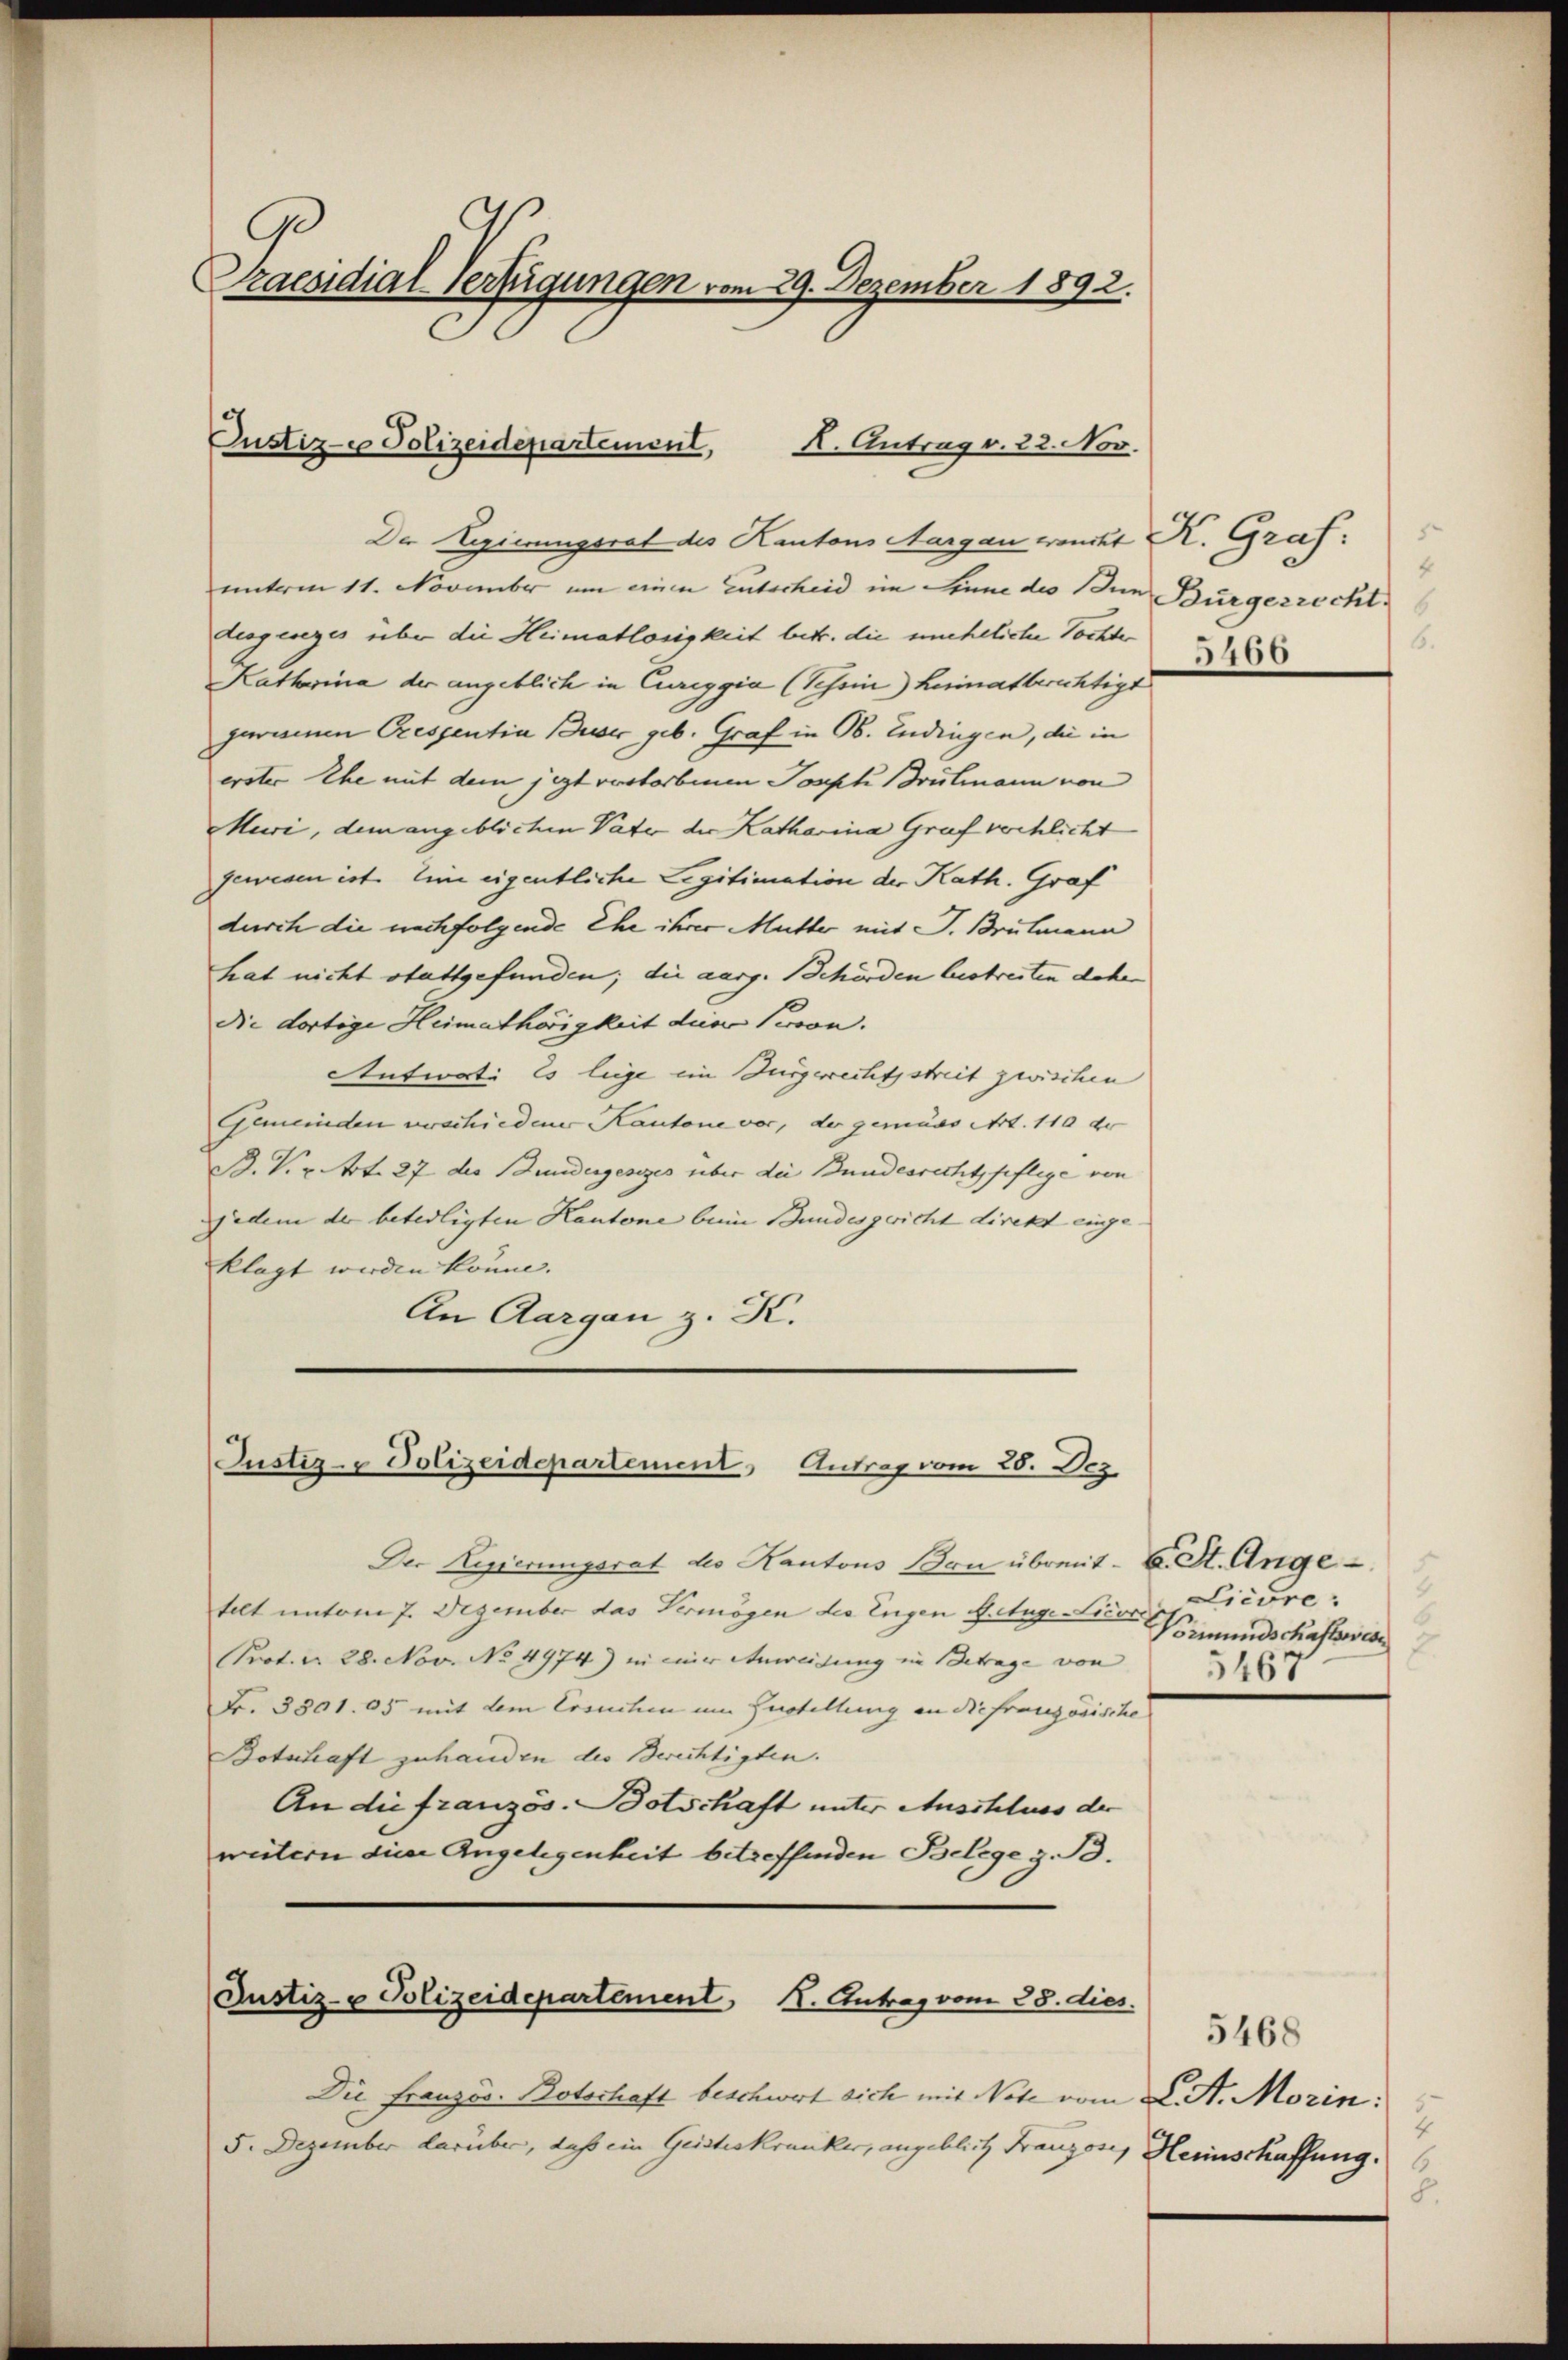
9
Praesidial-Verfügungen vom 29. Dezember 1892.

Der Regierungsrat des Kantons Aargau wenckt K. Graf
unterm 11. November um einen Entscheid im Sinne des Bun Burgerrecht
Liegenzes über die Heimatlosigkeit betr. die uneheliche Tochte
Katharina der angeblich in Cureggia (Tessin) heimatberichtigt
garamen Crespentia Buser geb. Graf in Ob. Endingen, die in
erster Ehe mit dem jezt verstorbenen Joseph Brulmann von
Muri, dem angeblichen Vater der Katharina Graf verschlicht
gewesen ist. Eine eigentliche Legitimation der Kath. Graf
durch die nachfolgende Ehe ihrer Mutter mit J. Brutmann
hat nicht stattgefunden; die aarg. Behörden bestreiten dahe
die dortige Heimathörigkeit die Pron.
Antworte Es liege ein Bürgerrechtsstreit zwischen
Gemeinden verschiedener Kantone vor, der gemäss Art. 110 de
B. V. B. Art. 27 des Bundergesezes über die Bundesrecht pflege von
jedem der beteiligten Kantone beim Bundesgericht direkt eingeklagt werden könne. |
An Aargau z. K.

Custiz- & Polizeidepartement,
X. Antrag v. 22. Nov.

Justiz- & Polizeidepartement Antrag vom 28. Dez

Die Französ. Botschaft beschwert sich mit Note vom L. St. Morin:
5. Dezember darüber, daß ein Geisteskranker, angeblich Franzose, Heinschaffung.

Der Regierungsrat des Kantons Bon übreit - 6. St. Ange
telt unterm 7. Dezember das Vermögen der Eugen Augen Vermundschaftsve
Prot. N. 28. Nov. No 4974) in einer Anweisung in Betrage von
Fr. 3301. 05 mit dem Ersuchen um Gustellung an die französische
Botschaft zuhanden die Berichtigten.
An die französ. Botschaft unter Auschluss der
weitern diese Angelegenheit betreffenden Belege z. B.
Justiz- u Polizeidepartement, I. Antrag vom 28. dies

2
6.
5460

5
Licure
5467

5468
2
8.